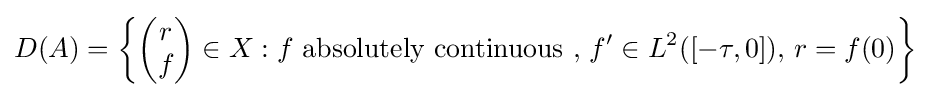
D(A)=\left\{{\begin{pmatrix}r\\f\end{pmatrix}}\in X:f{\text{ absolutely continuous }},\,f'\in L^{2}([-\tau ,0]),\,r=f(0)\right\}